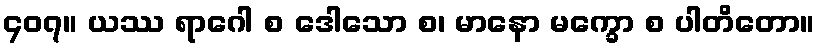
၄၀၇။ ယဿ ရာဂေါ စ ဒေါသော စ၊ မာနော မက္ခော စ ပါတိတော။